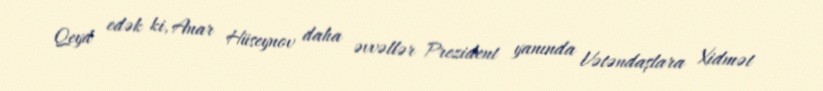
Qeyd edək ki, Anar Hüseynov daha əvvəllər Prezident yanında Vətəndaşlara Xidmət